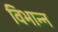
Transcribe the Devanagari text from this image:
विभान्न